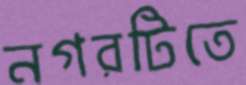
নগরটিতে